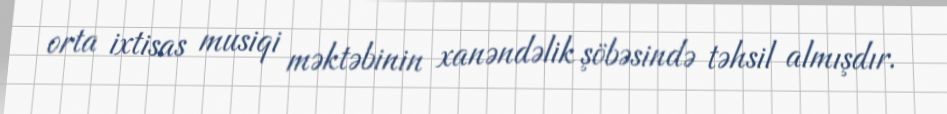
orta ixtisas musiqi məktəbinin xanəndəlik şöbəsində təhsil almışdır.